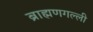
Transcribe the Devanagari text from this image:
ब्राह्मणगल्ली